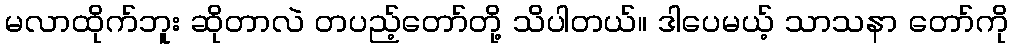
မလာထိုက်ဘူး ဆိုတာလဲ တပည့်တော်တို့ သိပါတယ်။ ဒါပေမယ့် သာသနာ တော်ကို